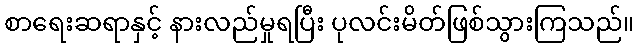
စာရေးဆရာနှင့် နားလည်မှုရပြီး ပုလင်းမိတ်ဖြစ်သွားကြသည်။